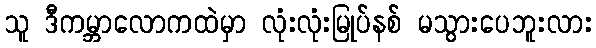
သူ ဒီကမ္ဘာလောကထဲမှာ လုံးလုံးမြုပ်နစ် မသွားပေဘူးလား